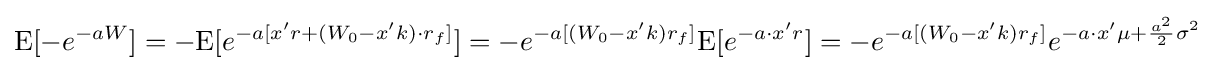
{\text{E}}[-e^{-aW}]=-{\text{E}}[e^{-a[x'r+(W_{0}-x'k)\cdot r_{f}]}]=-e^{-a[(W_{0}-x'k)r_{f}]}{\text{E}}[e^{-a\cdot x'r}]=-e^{-a[(W_{0}-x'k)r_{f}]}e^{-a\cdot x'\mu +{\frac {a^{2}}{2}}\sigma ^{2}}